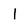
Character: I